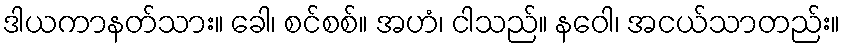
ဒါယကာနတ်သား။ ခေါ၊ စင်စစ်။ အဟံ၊ ငါသည်။ နဝေါ၊ အငယ်သာတည်း။